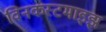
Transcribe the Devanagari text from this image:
विनकस्टमाइझ